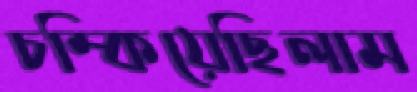
চম্‌কিয়েছিলাম